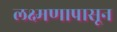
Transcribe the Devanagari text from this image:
लक्ष्मणापासून